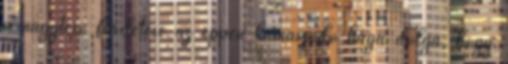
a nagytesó fürdetése az éppen kamaszodó húga dolga, hogy